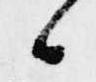
候